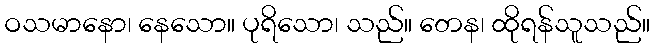
ဝသမာနော၊ နေသော။ ပုရိသော၊ သည်။ တေန၊ ထိုရန်သူသည်။